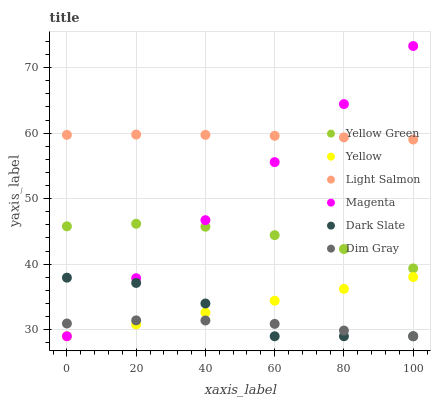
| xaxis_label | Yellow Green | Yellow | Light Salmon | Magenta | Dark Slate | Dim Gray |
 | --- | --- | --- | --- | --- | --- | --- |
 | 0 | 45.8 | 29 | 59.7 | 29 | 37.9 | 30.9 |
 | 20 | 46.2 | 30.8 | 59.8 | 37.9 | 37.1 | 31.4 |
 | 40 | 45.7 | 32.6 | 59.7 | 46.7 | 34 | 31.4 |
 | 60 | 44.4 | 34.4 | 59.6 | 55.6 | 29 | 30.9 |
 | 80 | 42.3 | 36.2 | 59.4 | 64.4 | 29 | 29.9 |
 | 100 | 39.4 | 38 | 59 | 73.3 | 29 | 29 |